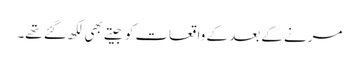
مرنے کے بعد کے واقعات کو جیتے بھی لکھ گئے تھے۔